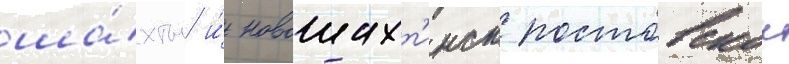
ша́хты и́ новошахт'инск ростовскои